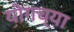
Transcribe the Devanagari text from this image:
योगच्या